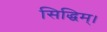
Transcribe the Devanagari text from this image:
सिद्धिम्।